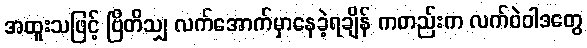
အထူးသဖြင့် ဗြိတိသျှ လက်အောက်မှာနေခဲ့ရချိန် ကတည်းက လက်ဝဲဝါဒတွေ